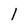
Character: l